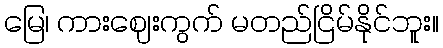
မြေ၊ ကားဈေးကွက် မတည်ငြိမ်နိုင်ဘူး။